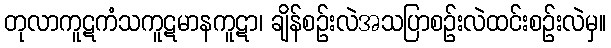
တုလာကူဋကံသကူဋမာနကူဋာ၊ ချိန်စဉ်းလဲအသပြာစဉ်းလဲထင်းစဉ်းလဲမှ။